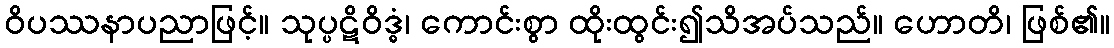
ဝိပဿနာပညာဖြင့်။ သုပ္ပဋိဝိဒ္ဓံ၊ ကောင်းစွာ ထိုးထွင်း၍သိအပ်သည်။ ဟောတိ၊ ဖြစ်၏။